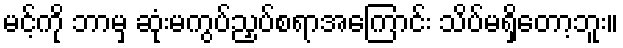
မင့်ကို ဘာမှ ဆုံးမကွပ်ညှပ်စရာအကြောင်း သိပ်မရှိတော့ဘူး။